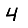
Digit: 4